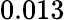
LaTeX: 0.013